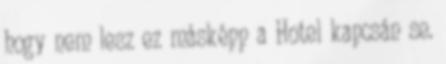
hogy nem lesz ez másképp a Hotel kapcsán se.